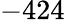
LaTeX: -424